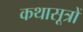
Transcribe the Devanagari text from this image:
कथासूत्रों